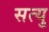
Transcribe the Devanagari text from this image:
सत्यु